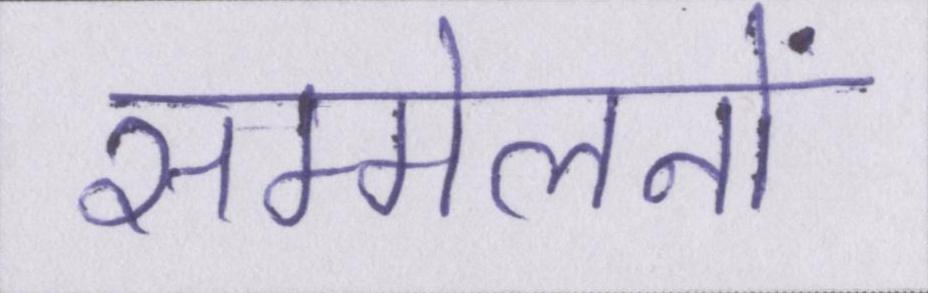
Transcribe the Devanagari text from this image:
सम्मेलनों